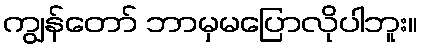
ကျွန်တော် ဘာမှမပြောလိုပါဘူး။